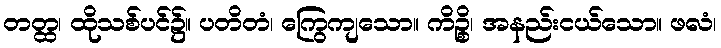
တတ္ထ၊ ထိုသစ်ပင်၌။ ပတိတံ၊ ကြွေကျသော။ ကိဉ္စိ၊ အနည်းငယ်သော။ ဖလံ၊